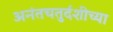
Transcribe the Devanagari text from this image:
अनंतचतुर्दशीच्या